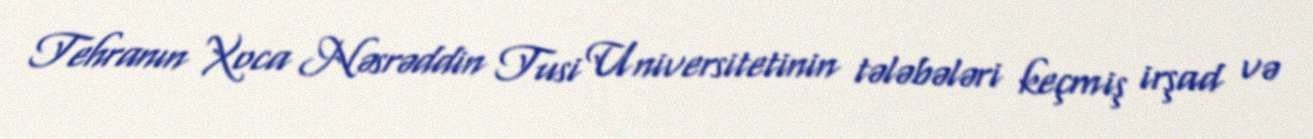
Tehranın Xoca Nəsrəddin Tusi Universitetinin tələbələri keçmiş irşad və